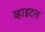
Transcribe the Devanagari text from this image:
व्हाइटल